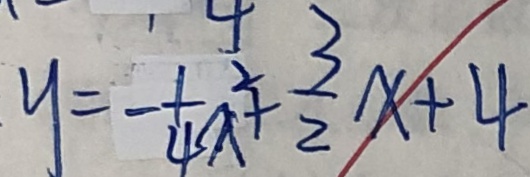
y = - \frac { 1 } { 4 } x ^ { 2 } + \frac { 3 } { 2 } x + 4